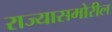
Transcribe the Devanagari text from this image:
राज्यासमोरील